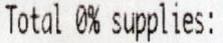
TOTAL 0% SUPPLIES: